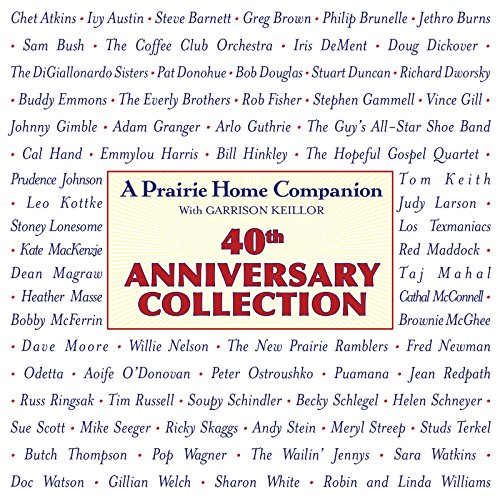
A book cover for Prairie Home Companion 40th Anniversary Collection; Garrison Keillor; Humor & Entertainment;